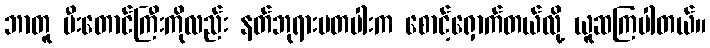
ဘာတူ မီးတောင်ကြီးကိုလည်း နတ်ဘုရားမတပါးက စောင့်ရှောက်တယ်လို့ ယူဆကြပါတယ်။